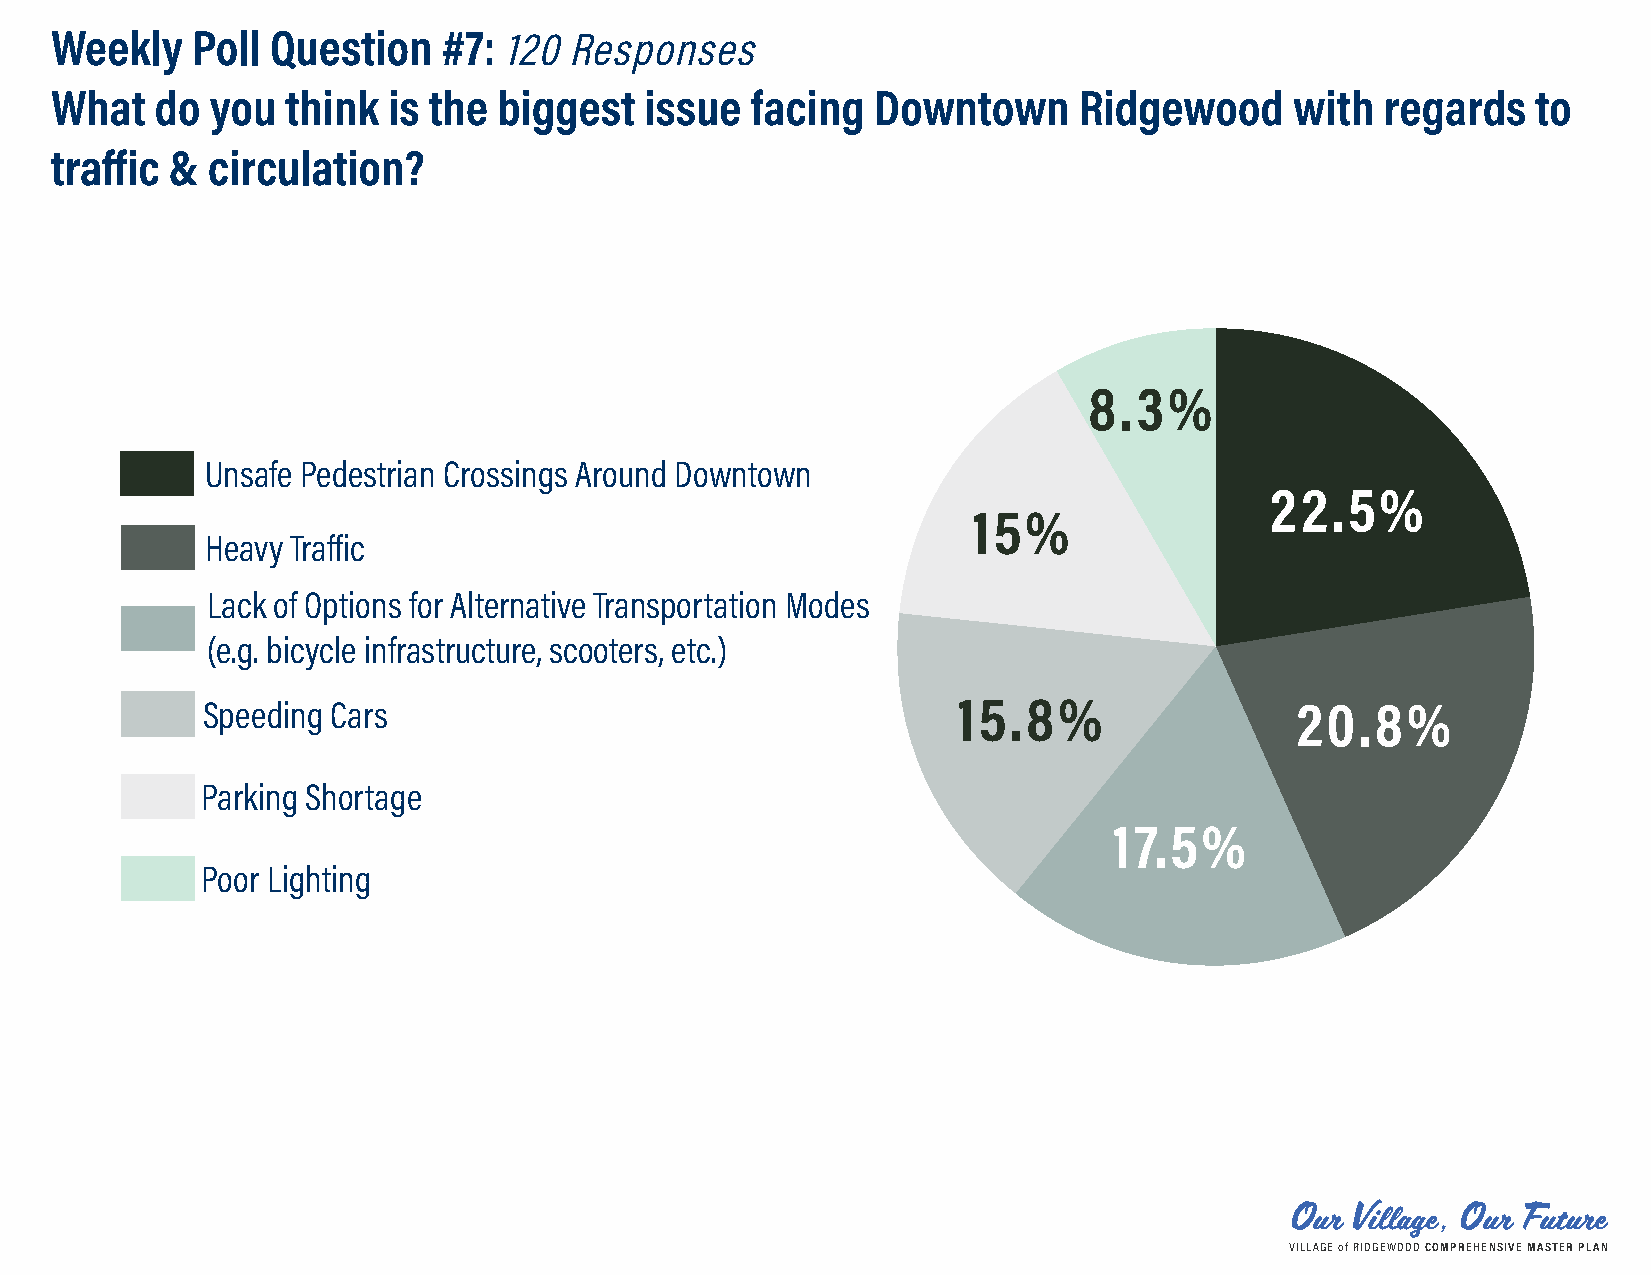
Weekly    Poll Question   #7: 120 Responses
 What   do  you  think  is the biggest   issue  facing  Downtown     Ridgewood      with  regards   to
 traffic &  circulation?
 Question  7
 8.3%
 Unsafe Pedestrian Crossings Around Downtown
 22.5%
 15%
 Heavy Traffic
 Lack of Options for Alternative Transportation Modes
 (e.g. bicycle infrastructure, scooters, etc.)
 Speeding Cars                                     15.8%                  20.8%
 Parking Shortage
 17.5%
 Poor Lighting
 Our  Village, Our Future
 VILLAGE of RIDGEWOOD COMPREHENSIVE MASTER PLAN